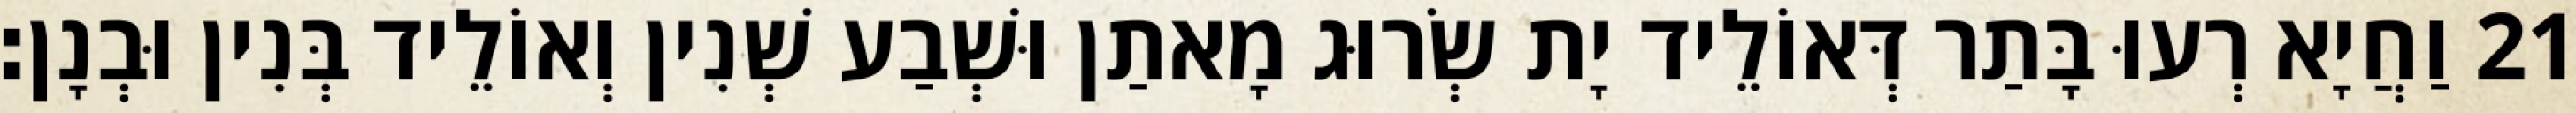
21 וַחֲיָא רְעוּ בָּתַר דְּאוֹלֵיד יָת שְׂרוּג מָאתַן וּשְׁבַע שְׁנִין וְאוֹלֵיד בְּנִין וּבְנָן׃